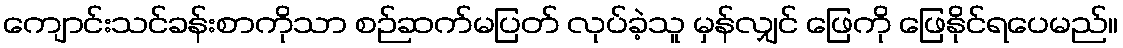
ကျောင်းသင်ခန်းစာကိုသာ စဉ်ဆက်မပြတ် လုပ်ခဲ့သူ မှန်လျှင် ဖြေကို ဖြေနိုင်ရပေမည်။